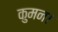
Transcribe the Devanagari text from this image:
कुमन।